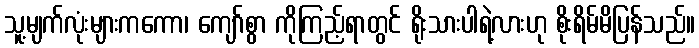
သူ့မျက်လုံးများကကော၊ ကျော်စွာ ကိုကြည့်ရာတွင် ရိုးသားပါရဲ့လားဟု စိုးရိမ်မိပြန်သည်။